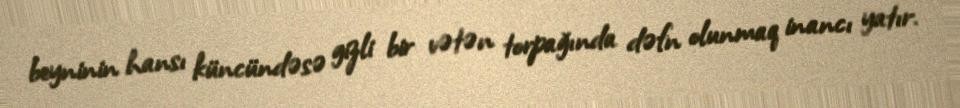
beyninin hansı küncündəsə gizli bir vətən torpağında dəfn olunmaq inancı yatır.